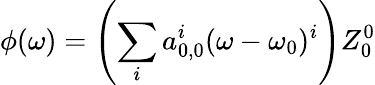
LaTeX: \phi(\omega)=\left(\sum_{i}a_{0,0}^{i}(\omega-\omega_{0})^{i}\right)Z_{0}^{0}